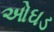
ઓઘડ